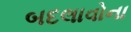
બદલાવોના